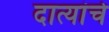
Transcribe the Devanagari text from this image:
दात्यांचे